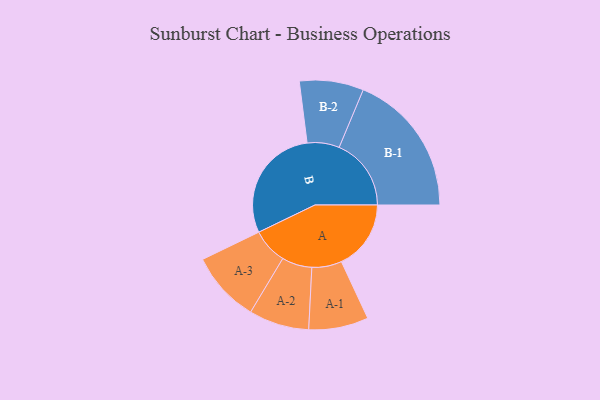
{"axis": {"x": "Segment", "y": "Value"}, "legend": ["", "A", "B"], "data": [{"x": "A", "y": 282, "type": ""}, {"x": "B", "y": 471, "type": ""}, {"x": "A-1", "y": 121, "type": "A"}, {"x": "A-2", "y": 122, "type": "A"}, {"x": "A-3", "y": 144, "type": "A"}, {"x": "B-1", "y": 292, "type": "B"}, {"x": "B-2", "y": 130, "type": "B"}]}